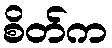
စိတ်က